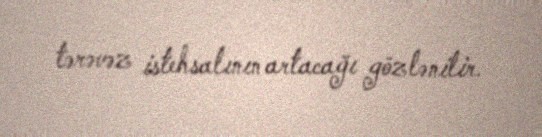
tərəvəz istehsalının artacağı gözlənilir.